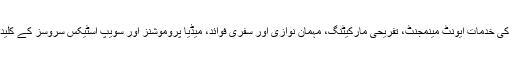
صارفین کے لیے ادارے کی خدمات ایونٹ مینمجنٹ، تفریحی مارکیٹنگ، مہمان نوازی اور سفری فوائد، میڈیا پروموشنز اور سویپ اسٹیکس سروسز کے کلیدی شعبوں پر مرکوز ہیں۔